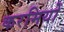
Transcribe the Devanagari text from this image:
करमियों